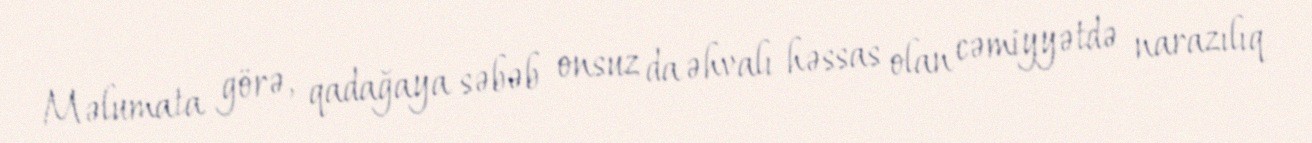
Məlumata görə, qadağaya səbəb onsuz da əhvalı həssas olan cəmiyyətdə narazılıq